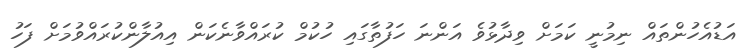
އަޑުއެހުންތައް ނިމުނީ ކަމަށް ވިދާޅުވެ އަންނަ ހަފުތާގައި ހުކުމް ކުރައްވާނެކަން އިއުލާންކުރައްވުމަށް ފަހު